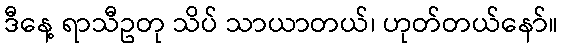
ဒီနေ့ ရာသီဥတု သိပ် သာယာတယ်၊ ဟုတ်တယ်နော်။